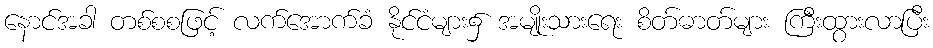
နောင်အခါ တစ်စစဖြင့် လက်အောက်ခံ နိုင်ငံများ၌ အမျိုးသားရေး စိတ်ဓာတ်များ ကြီးထွားလာပြီး